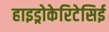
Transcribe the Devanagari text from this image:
हाइड्रोकेरिटेसिई